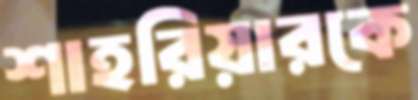
শাহরিয়ারকে